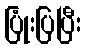
ပြုံးပြပြီး